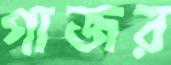
গাজর